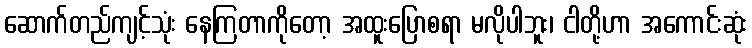
ဆောက်တည်ကျင့်သုံး နေကြတာကိုတော့ အထူးပြောစရာ မလိုပါဘူး၊ ငါတို့ဟာ အကောင်းဆုံး